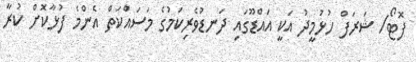
ފޮޓޯ/ ޝަރަފް ހުޅުމީދު އަކީ އައްޑޫގައި ދަނޑުވެރިކަމުގެ މަސައްކަތް އެންމެ ފުޅާކޮށް ކުރާ